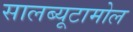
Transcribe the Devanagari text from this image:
सालब्यूटामोल